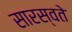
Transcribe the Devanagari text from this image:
सारस्वते